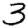
Digit: 3